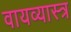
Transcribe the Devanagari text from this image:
वायव्‍यास्‍त्र